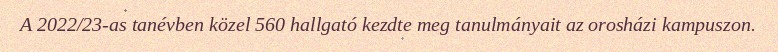
A 2022/23-as tanévben közel 560 hallgató kezdte meg tanulmányait az orosházi kampuszon.